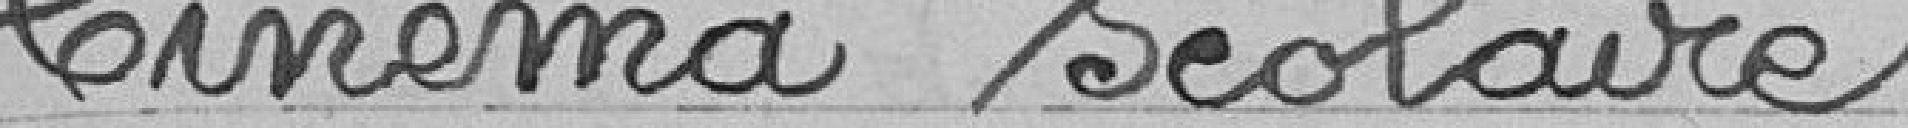
Cinéma scolaire